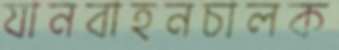
যানবাহনচালক